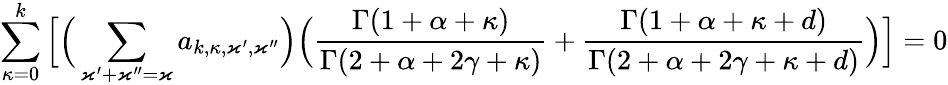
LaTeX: \sum_{\kappa=0}^{k}\Big[\Big(\sum_{\varkappa^{\prime}+\varkappa^{\prime\prime}=\varkappa}a_{k,\kappa,\varkappa^{\prime},\varkappa^{\prime\prime}}\Big)\Big(\frac{\Gamma(1+\alpha+\kappa)}{\Gamma(2+\alpha+2\gamma+\kappa)}+\frac{\Gamma(1+\alpha+\kappa+d)}{\Gamma(2+\alpha+2\gamma+\kappa+d)}\Big)\Big]=0